Statistical return of the lunatic asylum in Assam - 1912-1932
Year: 1912
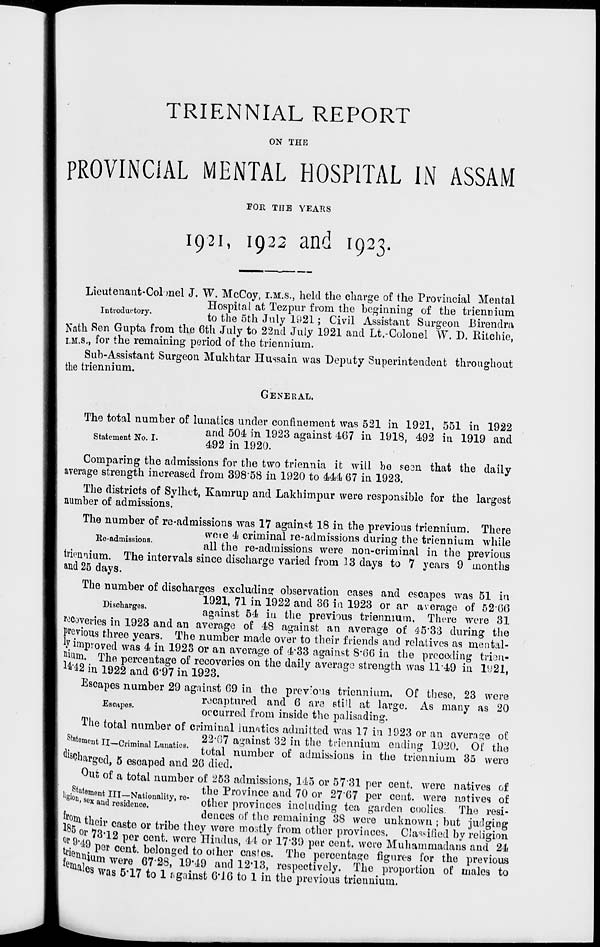
TRIENNIAL REPORT
ON THE
PROVINCIAL MENTAL HOSPITAL IN ASSAM
FOR THE YEAKS
1921, 1922 and 1923.
Lieutenant-Colonel J. W. McCoy, I.M.S., held the charge of the Provincial Mental
Hospital at Tezpur from the beginning of the triennium
introductory.
^ the 5fch July 1Q21 . Civjl Assistant s ur g eorL Birendra
Nath Ren Gupta from the 6th July to 22nd July 1921 and Lt.-Colonel W. D. Kitchie,
I.M.S., for the remaining period of the triennium.
Sub-Assistant Surgeon Mukhtar Hussain was Deputy Superintendent throughout
the triennium.
GENERAL.
The total number of lunatics under confinement was 521 in 1921, 551 in 1922
A „ T
and 504. in 1923 against 467 in 1918, 492 in 1919 and
Statement No. I.
Ann . tr\cn\
4.92 in 1920.
Comparing the admissions for the two triennia it will be sean that the daily
average strength increased from 398'58 in 1920 to 444 67 in 1923.
The districts of Sylhet, Kamrup and Lakhimpur were responsible for the largest
number of admissions.
The number of re-admissions was 17 against 18 in the previous triennium. There
_ , . .
were 4 criminal re-admissions during the triennium while
lie-admissions.
ii.ii
i • •
• •
1 •
.i
all the re-admissions were non-criminal in the previous
triennium. The intervals since discharge varied from 13 days to 7 years 9 months
and 25 days.
The number of discharges excluding observation cases and escapes was 51 in
Dischar eg
'1921, 71 in 1922 and 36 in 1923 or ar average of 52-66
isc arges.
against 54 in the previous triennmrn. There were 31
recoveries in 1923 and an average of 48 against an average of 4533 during the
previous three years. The number made over to their friends and relatives as mental-
ly improved was 4 in 1923 or an average of 4*33 against 8*66 in the preceding trien-
juun. The percentage of recoveries on the daily average strength was 11 49 in 1921,
m2 in 1922 and 6'97 in 1923.
Escapes number 29 against 69 in the prev : o'is triennium, Of these, 23 were
„
recaptured and 6 are still at large. As many as 20
Escapes.
^ "
i p
«J J.I
i«
v
occurred irom inside the palisading.
The total number of criminal lunatics admitted was 17 in 1923 or an average of
StatomnnfTT n • • , T *•
22-07 against 32 in the triennium ending 1920. Of the
moment II—Criminal Lunatics.
, , ■,
° .,
c
, . .
,,
. °
.
nm
Y
total number or admissions in the triennium 3o were
Charged, 5 escaped and 26 died.
Out of a total number of 253 admissions, 145 or 57'31 per cent, were natives of
. StatemonfTTT M W in
tho Province and 70 or 27'67 per cent, were natives of
HttC 8mot " HI—Nationality, ro-
,,
.
•
i v
J.
i
^^
mi
MOn -se x and residence.
other provinces including tea garden coolies. The resi-
f r
.
deuces of the remaining 38 were unknown ; but judging
Igr
* r ca ste or tribe they were mostly from other provinces. Classified by religion
°r B2O
^e r cen *' wore Hindus, ^ or 17 - 39 per cent, were Muhammadans and 24
tjj p . P or cent, belonged to other castes. Tho percentage figures for the previous
km ? lUm were 67 ' 28 ' 19 ' 19 and 12 ' 13 ' respectively. The proportion of males to
mal es was 5-17 to 1 r. gainst 6*16 to 1 in the previous triennium.